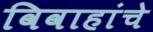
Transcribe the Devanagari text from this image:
विवाहांचे